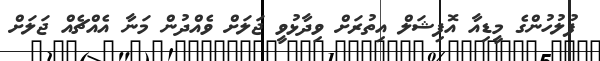
ފުލުހުންގެ މީޑިއާ އޮފިޝަލް އިތުރަށް ވިދާޅުވީ ޖަލަށް ވެއްދުން މަނާ އެއްޗެއް ޖަލަށް